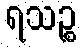
ရသဉ္စ